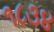
૧૮૩૪